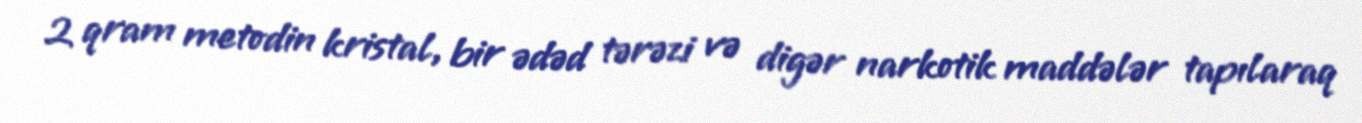
2 qram metodin kristal, bir ədəd tərəzi və digər narkotik maddələr tapılaraq